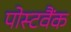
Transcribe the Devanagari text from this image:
पोस्टवैंक